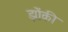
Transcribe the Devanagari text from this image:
झोंकी